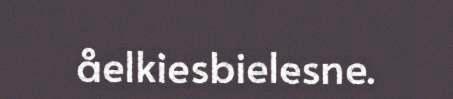
åelkiesbielesne.